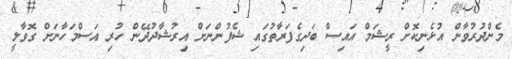
މެންދުރުވާން އުޅެނިކޮށް ރީޝަމް އައިސް ބަދިގެފަރާތުގައި ޝެފުންނަށް އިރުޝާދުދޭން ހުރި އަސްމަހާނަށް ގޮވާލީ